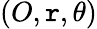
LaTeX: (O,\mathtt{r},\theta)